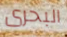
البحرى